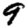
Digit: 9